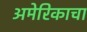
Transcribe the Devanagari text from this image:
अमेरिकाचा